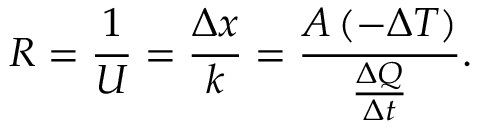
{ \big . } R = { \frac { 1 } { U } } = { \frac { \Delta x } { k } } = { \frac { A \, ( - \Delta T ) } { \frac { \Delta Q } { \Delta t } } } .